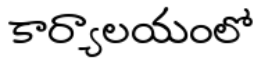
కార్యాలయంలో